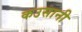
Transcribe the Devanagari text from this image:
कउसानी